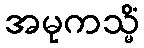
အမုကသ္မိံ